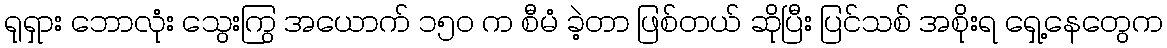
ရုရှား ဘောလုံး သွေးကြွ အယောက် ၁၅ဝ က စီမံ ခဲ့တာ ဖြစ်တယ် ဆိုပြီး ပြင်သစ် အစိုးရ ရှေ့နေတွေက